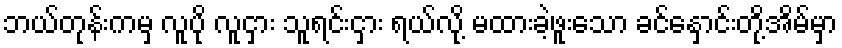
ဘယ်တုန်းကမှ လူပို လူငှား သူရင်းငှား ရယ်လို့ မထားခဲ့ဖူးသော ခင်နှောင်းတို့အိမ်မှာ